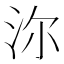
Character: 沵